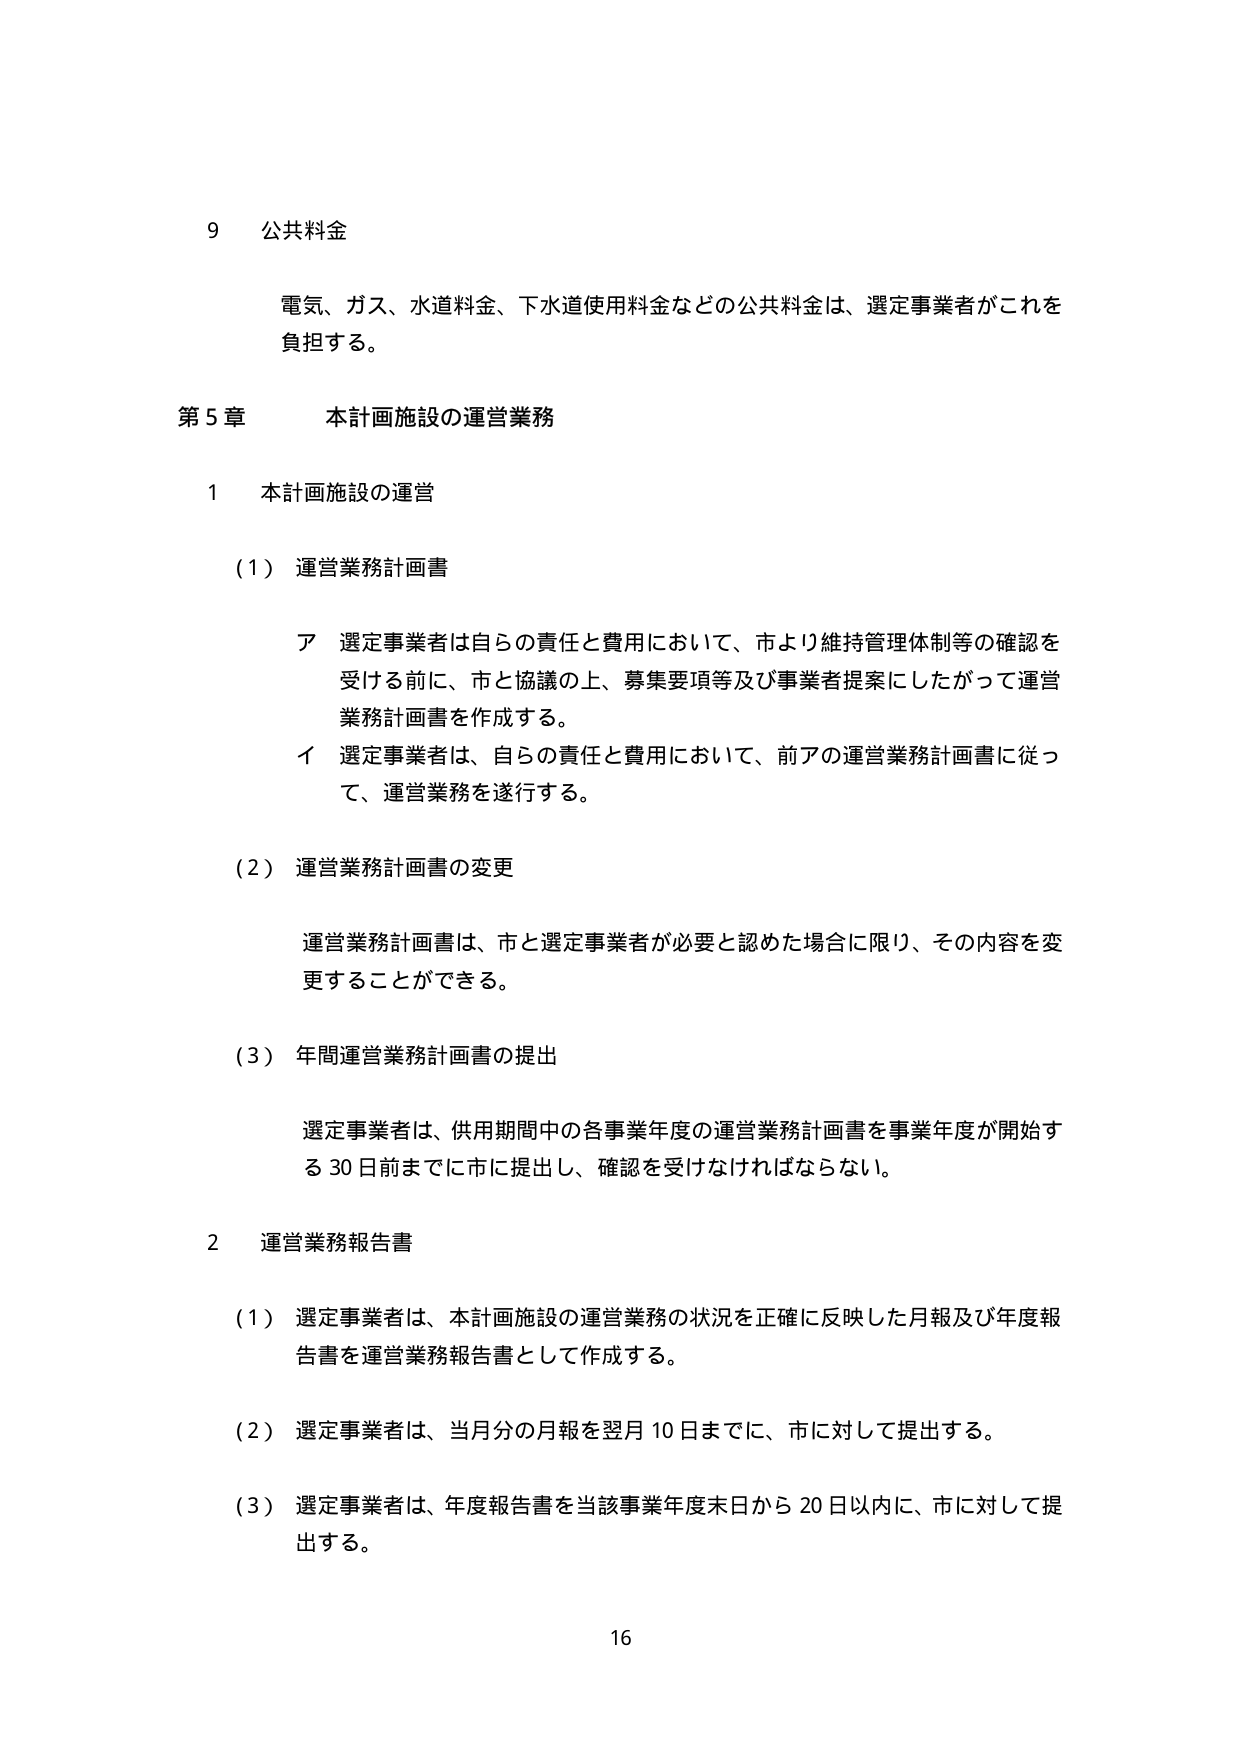
9 公共料金

電気、ガス、水道料金、下水道使用料金などの公共料金は、選定事業者がこれを負担する。

第5章 本計画施設の運営業務

1 本計画施設の運営

（1）運営業務計画書

ア 選定事業者は自らの責任と費用において、市より維持管理体制等の確認を受ける前に、市と協議の上、募集要項等及び事業者提案にしたがって運営業務計画書を作成する。

イ 選定事業者は、自らの責任と費用において、前アの運営業務計画書に従って、運営業務を遂行する。

（2）運営業務計画書の変更

運営業務計画書は、市と選定事業者が必要と認めた場合に限り、その内容を変更することができる。

（3）年間運営業務計画書の提出

選定事業者は、供用期間中の各事業年度の運営業務計画書を事業年度が開始する30日前までに市に提出し、確認を受けなければならない。

2 運営業務報告書

（1）選定事業者は、本計画施設の運営業務の状況を正確に反映した月報及び年度報告書を運営業務報告書として作成する。

（2）選定事業者は、当月分の月報を翌月10日までに、市に対して提出する。

（3）選定事業者は、年度報告書を当該事業年度末日から20日以内に、市に対して提出する。

16